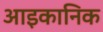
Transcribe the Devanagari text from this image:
आइकानिक